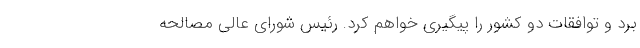
برد و توافقات دو کشور را پیگیری خواهم کرد. رئیس شورای عالی مصالحه